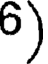
6)